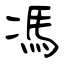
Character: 馮